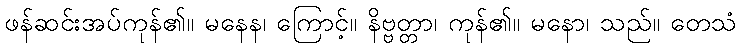
ဖန်ဆင်းအပ်ကုန်၏။ မနေန၊ ကြောင့်။ နိဗ္ဗတ္တာ၊ ကုန်၏။ မနော၊ သည်။ တေသံ